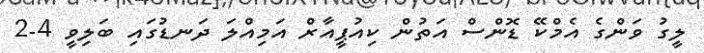
ލީގު ވަންގެ އެމްކޭ ޑޮންސް އަތުން ކިއުޕީއާރް އަމިއްލަ ދަނޑުގައި ބަލިވީ 4-2